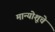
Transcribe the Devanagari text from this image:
मान्योशूचे